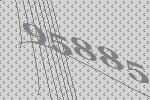
95885